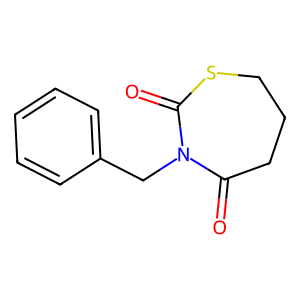
SMILES: O=C1CCCSC(=O)N1Cc1ccccc1
Inhibits HIV replication: No